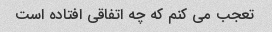
تعجب می کنم که چه اتفاقی افتاده است